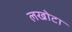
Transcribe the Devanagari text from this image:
लखोटा